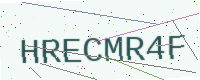
Text: HRECMR4F